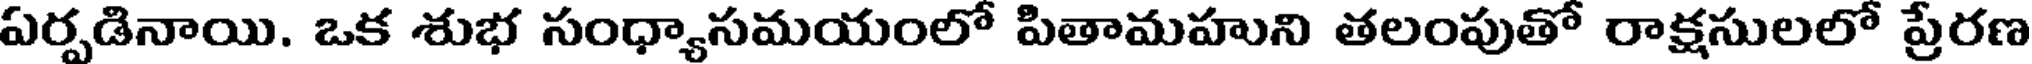
ఏర్పడినాయి. ఒక శుభ సంధ్యాసమయంలో పితామహుని తలంపుతో రాక్షసులలో ప్రేరణ